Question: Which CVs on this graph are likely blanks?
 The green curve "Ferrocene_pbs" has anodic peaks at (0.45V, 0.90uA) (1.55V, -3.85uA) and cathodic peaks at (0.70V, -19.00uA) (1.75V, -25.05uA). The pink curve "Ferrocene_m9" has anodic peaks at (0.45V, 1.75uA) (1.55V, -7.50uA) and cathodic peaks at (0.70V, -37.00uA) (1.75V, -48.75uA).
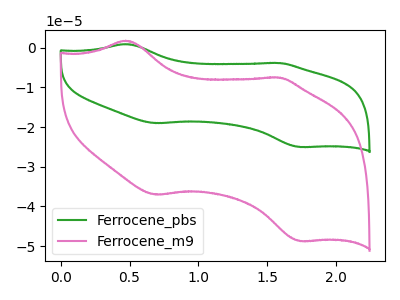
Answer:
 <answer>There are not any CV's on this graph that are likely to be blanks.</answer>
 <eval>none</eval>